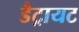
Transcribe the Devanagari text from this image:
डैट्रायट